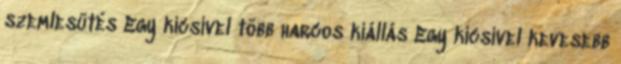
szemlesütés Egy kicsivel több harcos kiállás Egy kicsivel kevesebb